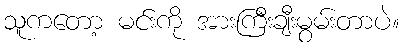
သူကတော့ မင်းကို အားကြီးချီးမွမ်းတာပဲ။